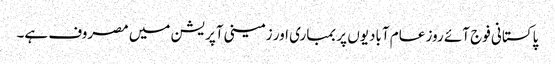
پاکستانی فوج آئے روز عام آبادیوں پر بمباری اور زمینی آپریشن میں مصروف ہے۔